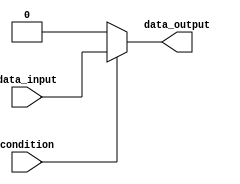
module if_else_statement (
  input wire condition,
  input wire data_input,
  output reg data_output
);

  always @ (*)
  begin
    if (~condition) begin
      // statements to be executed if condition is false
      data_output <= 0;
    end
    else begin
      // statements to be executed if condition is true
      data_output <= data_input;
    end
  end

endmodule